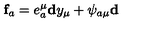
\mathbf { f } _ { a } = e _ { a } ^ { \mu } \mathbf { d } y _ { \mu } + \psi _ { a \mu } \mathbf { d }